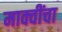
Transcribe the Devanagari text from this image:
माक्वींचा